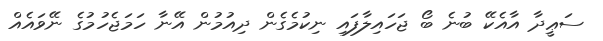
ސަޢީދާ އާއެކޭ ބުނެ ބޯ ޖަހައިލާފައި ނިކުމެގެން ދިއުމުން އޭނާ ހަމަޖެހުމުގެ ނޭވައެއް